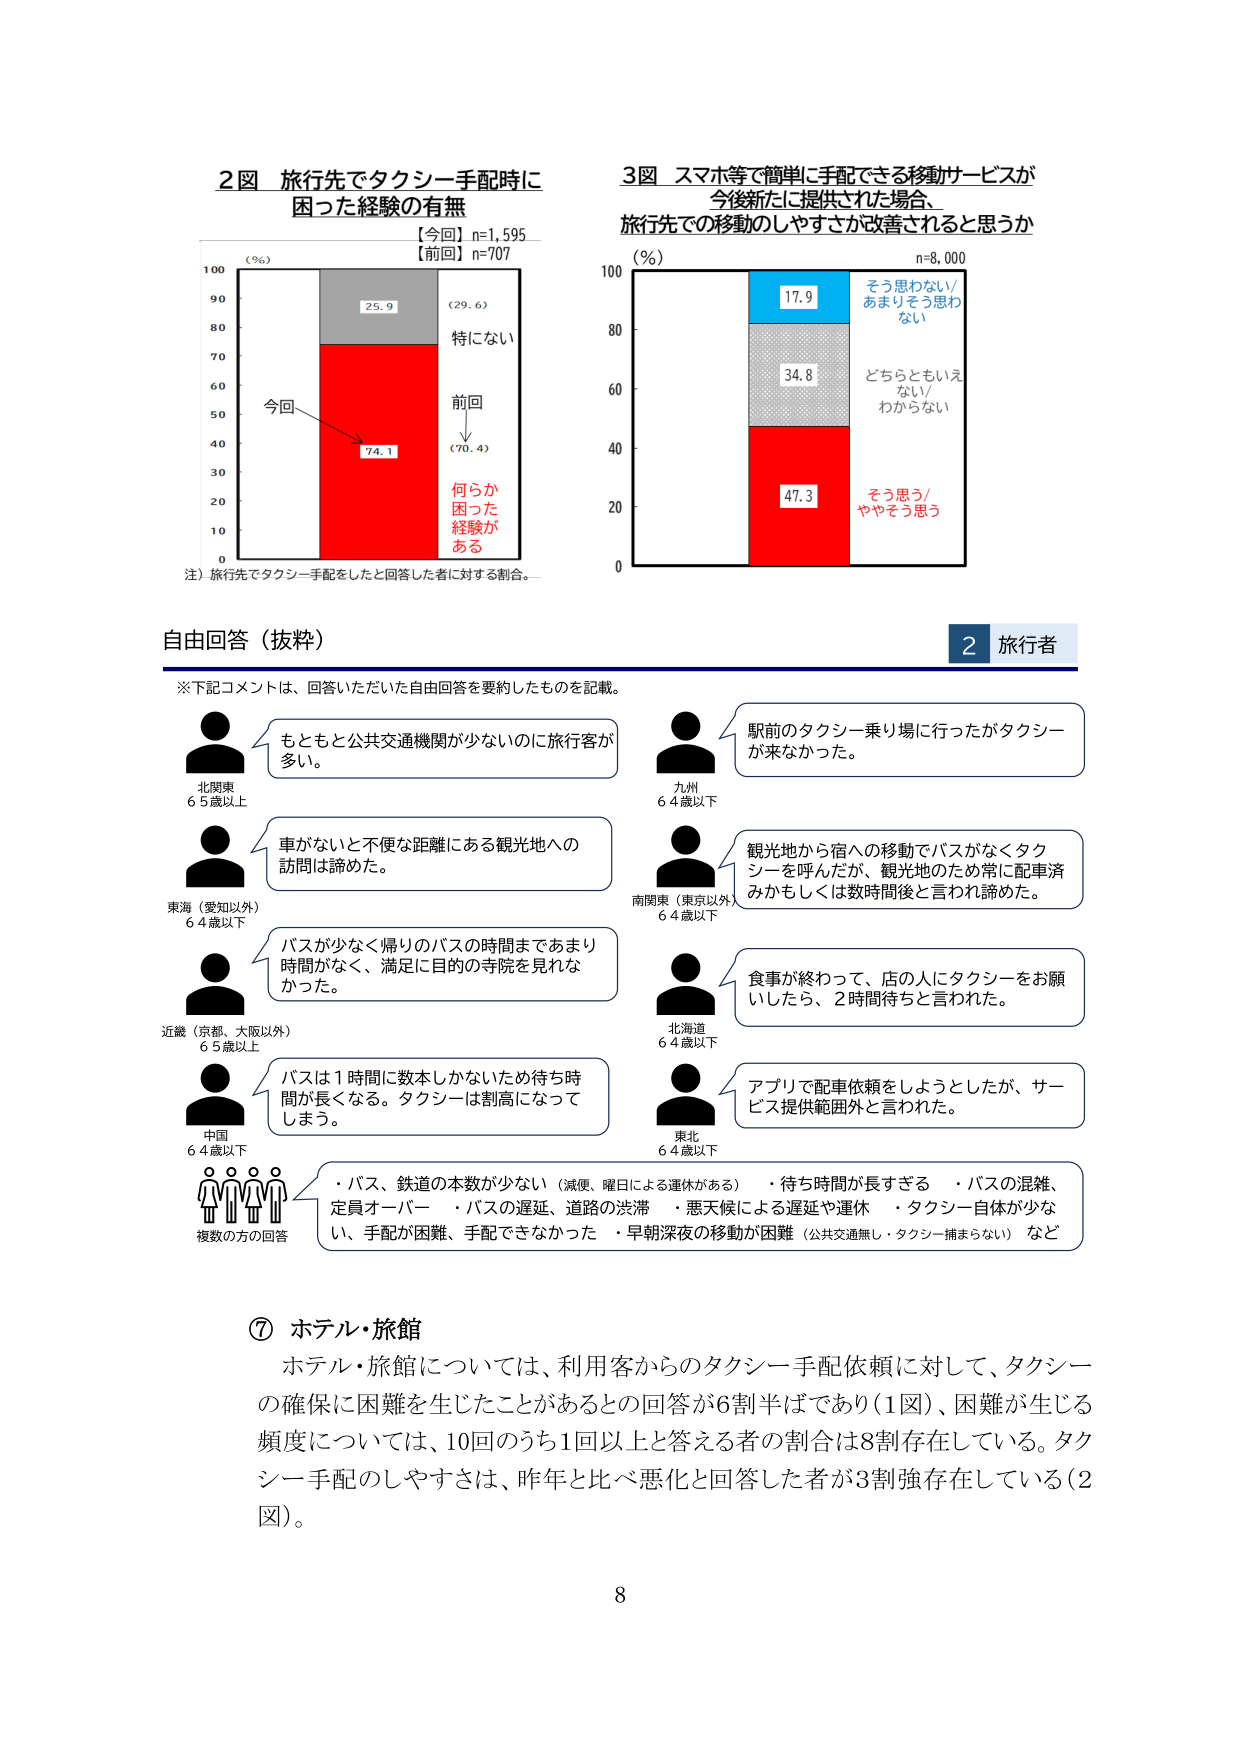
2図 旅行先でタクシー手配時に困った経験の有無
【今回】n=1,595
【前回】n=707
（％）
100
90
80
70
60
50
40
30
20
10
0
今回
74.1
25.9
（29.6）
特になし
前回
（70.4）
何らか困った経験がある
注）旅行先でタクシー手配をしたと回答した者に対する割合。

3図 スマホ等で簡単に手配できる移動サービスが今後新たに提供された場合、旅行先での移動のしやすさが改善されると思うか
（％）
n=8,000
100
80
60
40
20
0
47.3
34.8
17.9
そう思う/ややそう思う
どちらともいえない/わからない
そう思わない/あまりそう思わない

自由回答（抜粋）
※下記コメントは、回答いただいた自由回答を要約したものを記載。

北関東
65歳以上
もともと公共交通機関が少ないのに旅行客が多い。

東海（愛知以外）
64歳以下
車がないと不便な距離にある観光地への訪問は諦めた。

近畿（京都、大阪以外）
65歳以上
バスが少なく帰りのバスの時間まであまり時間がなく、満足に目的の寺院を見れなかった。

中国
64歳以下
バスは1時間に数本しかないため待ち時間が長くなる。タクシーは割高になってしまう。

複数の方の回答
・バス、鉄道の本数が少ない（減便、曜日による運休がある）
・待ち時間が長すぎる
・バスの混雑、定員オーバー
・バスの遅延、道路の渋滞
・悪天候による遅延や運休
・タクシー自体が少ない、手配が困難、手配できなかった
・早朝深夜の移動が困難（公共交通無し・タクシー捕まらない）など

九州
64歳以下
駅前のタクシー乗り場に行ったがタクシーが来なかった。

南関東（東京以外）
64歳以下
観光地から宿への移動でバスがなくタクシーを呼んだが、観光地のため常に配車済みかもしれしくは数時間後と言われ諦めた。

北海道
64歳以下
食事が終わって、店の人にタクシーをお願いしたら、2時間待ちと言われた。

東北
64歳以下
アプリで配車依頼をしようとしたが、サービス提供範囲外と言われた。

⑦ ホテル・旅館
ホテル・旅館については、利用客からのタクシー手配依頼に対して、タクシーの確保に困難を生じたことがあるとの回答が6割半ばであり（1図）、困難が生じる頻度については、10回のうち1回以上と答える者の割合は8割存在している。タクシー手配のしやすさは、昨年と比べ悪化と回答した者が3割強存在している（2図）。

2 旅行者
8